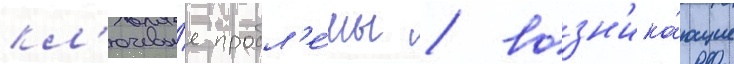
кл'ючевы́е пробл'е́мы / возн'ика́ющие